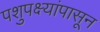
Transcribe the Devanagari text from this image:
पशुपक्ष्यांपासून